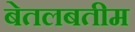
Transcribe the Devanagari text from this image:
बेतलबतीम